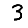
Digit: 3